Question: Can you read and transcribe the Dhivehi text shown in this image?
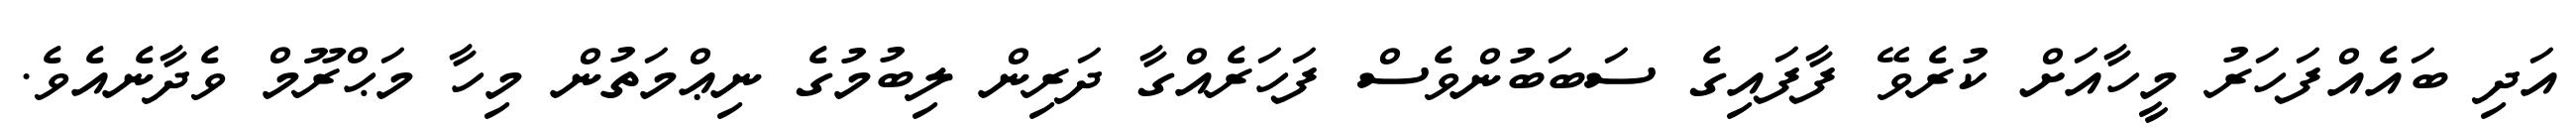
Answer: އަދި ބައެއްފަހަރު މީހާއަށް ކުރެވޭ ފާފައިގެ ސަބަބުންވެސް ފަހަރެއްގާ ދަރިން ލިބުމުގެ ނިޢްމަތުން މިހާ މަޙްރޫމް ވެދާނެއެވެ.